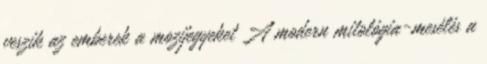
veszik az emberek a mozijegyeket A modern mitológia-mesélés a